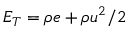
{ E _ { T } } = \rho e + \rho { u ^ { 2 } } / 2